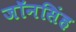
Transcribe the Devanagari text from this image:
जॉनसिंह